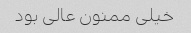
خیلی ممنون عالی بود